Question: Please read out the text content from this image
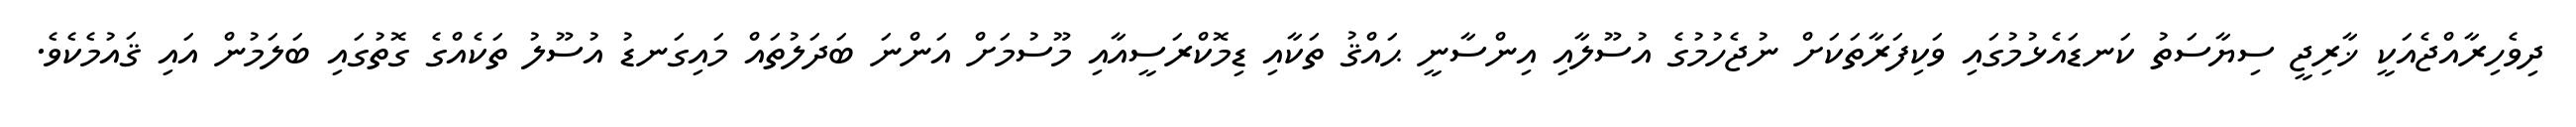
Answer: ދިވެހިރާއްޖެއަކީ ޚާރިޖީ ސިޔާސަތު ކަނޑައެޅުމުގައި ވަކިފަރާތަކަށް ނުޖެހުމުގެ އުސޫލާއި އިންސާނީ ޙައްޤު ތަކާއި ޑިމޮކްރަސީއާއި މޫސުމަށް އަންނަ ބަދަލުތައް މައިގަނޑު އުސޫލު ތަކެއްގެ ގޮތުގައި ބަލަމުން އައި ޤައުމެކެވެ.